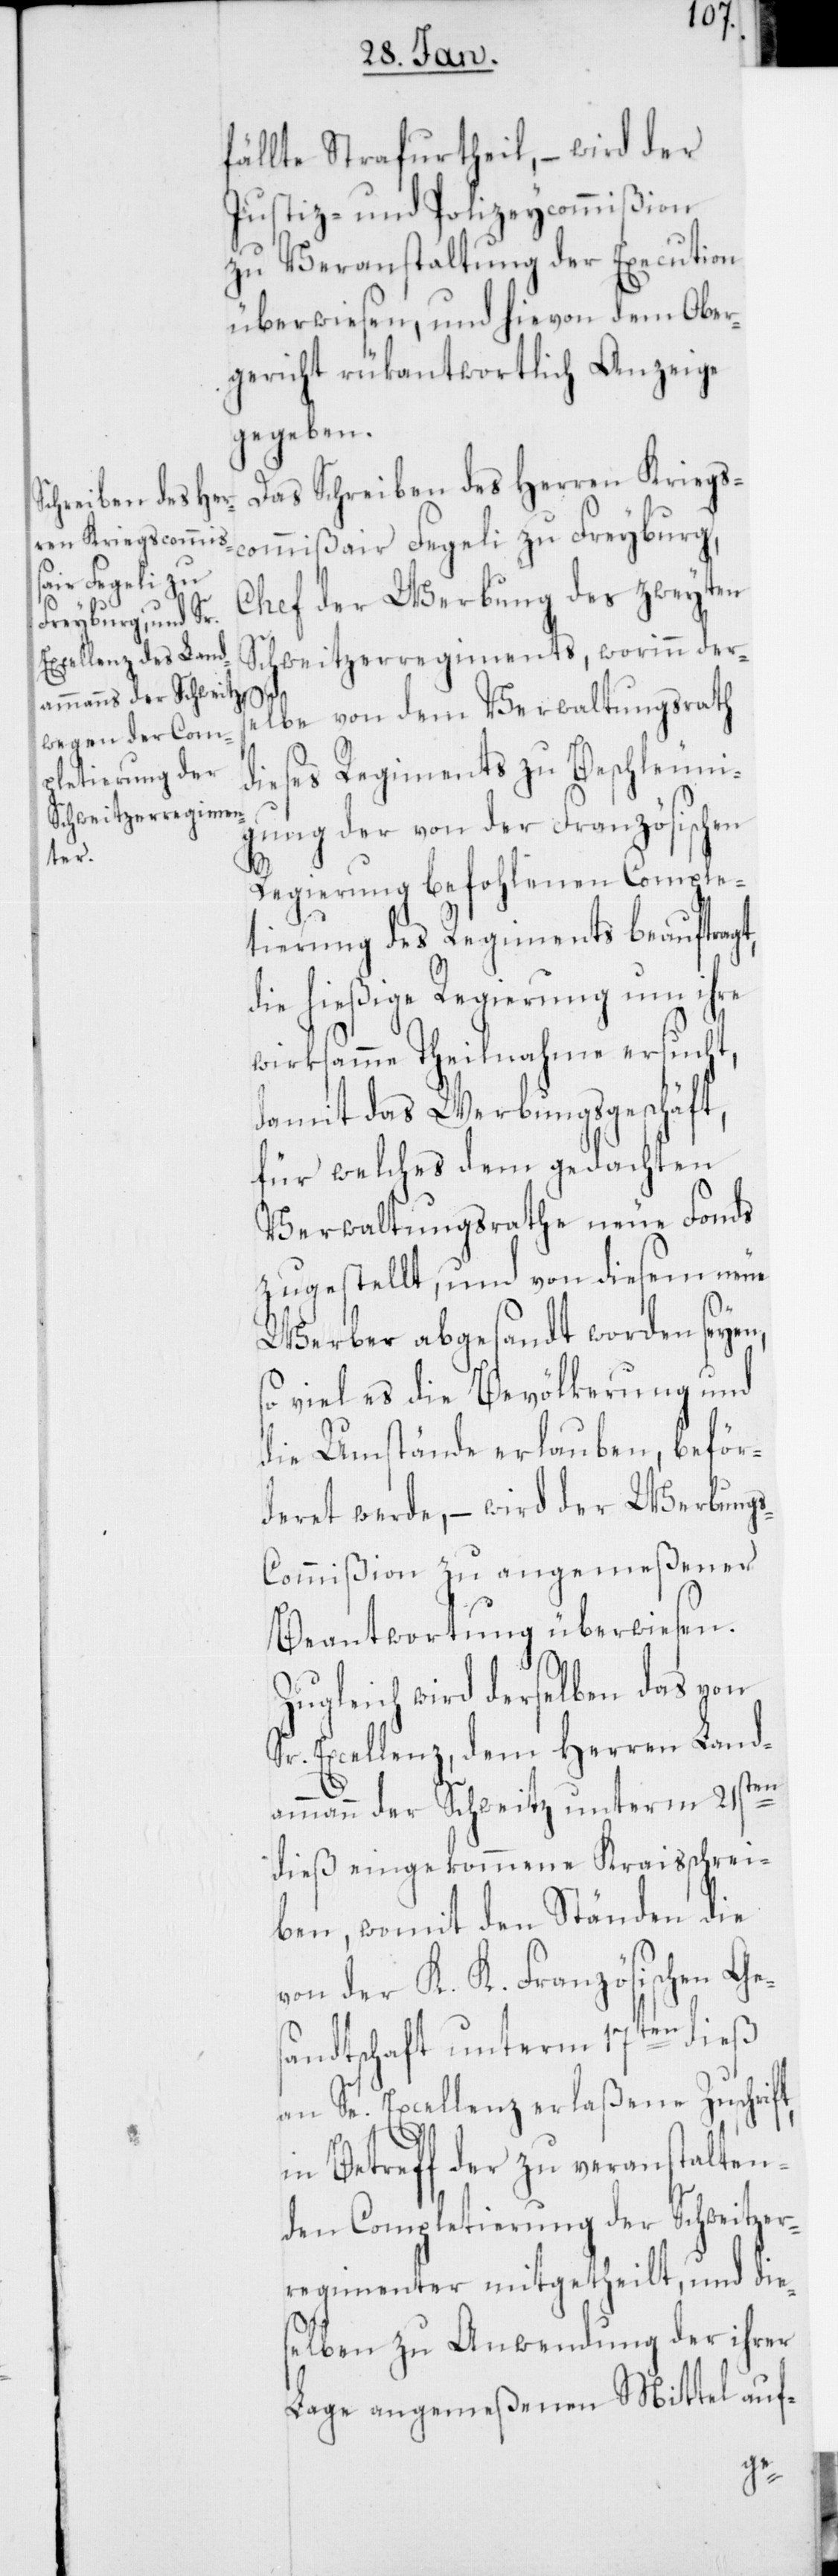
fällte Strafurtheil, – wird der
Justiz- und Polizeycommißion
zu Veranstaltung der Execution
überwiesen, und hievon dem Ober¬
gericht rükantwortlich Anzeige
gegeben.
Das Schreiben des Herren Kriegs¬
commissair Fegeli zu Freyburg,
Chef der Werbung des zweyten
Schweitzerregiments, worinn ders¬
elbe von dem Verwaltungsrath
dieses Regiments zu Beschleuni¬
gung der von der Französischen
Regierung befohlenen Comple¬
tierung des Regiments beauftragt,
die hießige Regierung um ihre
wirksamme Theilnahme ersucht,
damit das Werbungsgeschäft,
für welches dem gedachten
Verwaltungsrathe neue Fonds
zugestellt, und von diesem neue
Werber abgesandt worden seyen,
viel es die Bevölkerung und
die Umstände erlauben, beför¬
deret werde, – wird der Werbung¬
s-Commißion zu angemeßener
Beantwortung überwiesen.
Zugleich wird derselben das von
Sr. Excellenz, dem Herren Land¬
ammann der Schweitz unterm 21sten
dieß eingekommene Kraisschrei¬
ben, womit den Ständen die
von der K. K. Französischen Ge¬
an Se. Excellenz erlaßene Zuschrif¬
in Betreff der zu veranstalten¬
den Completierung der Schweitzer-R¬
egimenter mitgetheilt, und die¬
selben zu Anwendung der ihre
Lage angemeßenen Mittel auf-
t,